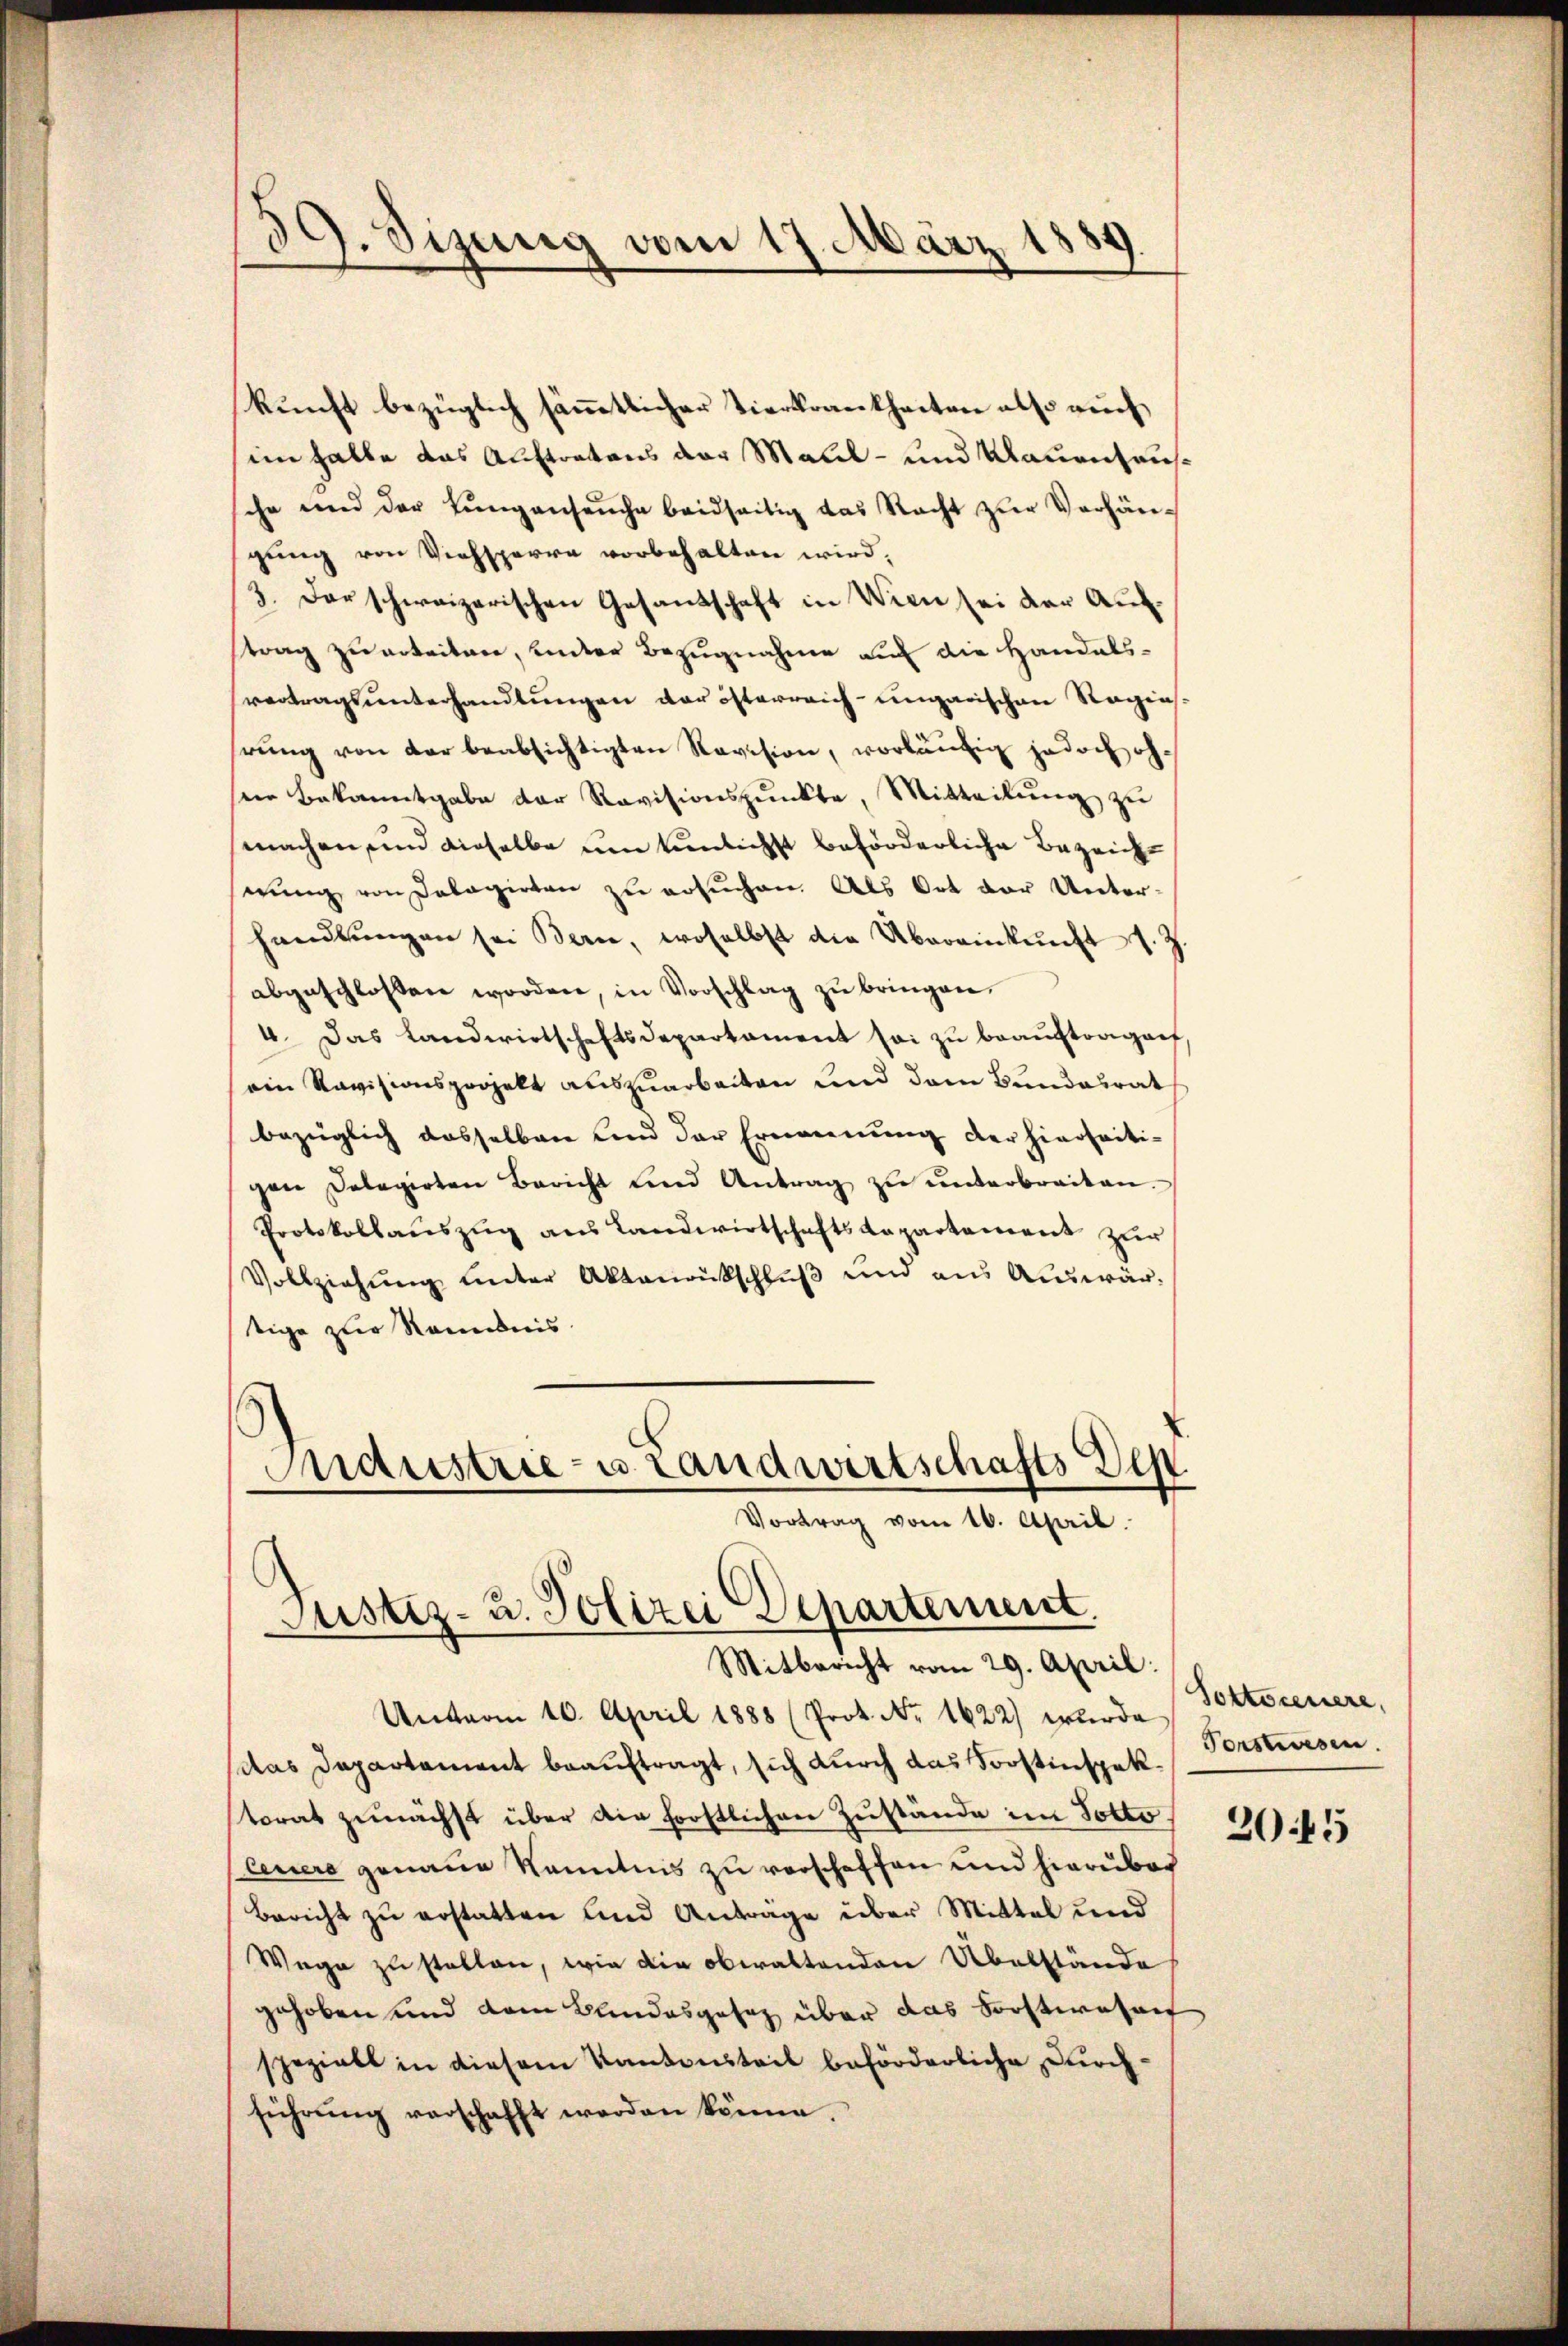
)
59. Sizung vom 17. März 18

kunft bezüglich sämmtlicher Tierkrankheiten also auch
im Falle das Auftratens der Malil- und Mauenhaussche und der Lungenseuche beidseitig das Nacht zŭr Verhängung von Viehsperre vorbehalten wird,
3. Der schweizerischen Gesandschaft in Wien sei der Auftrag zu erteilen, inder Bezugnahme auf die Handelsvertragsunterhandlungen der österreich-ungarischen Ragias.
rŭng von der beabsichtigten Revision, vorläŭfig jedoch oh
sein Bekanntgabe der Revisionspŭnkte, Mitteilŭng zŭ
machen und dieselbe um tunlichst beförderliche Bezeicht
erŭng von Dalagirten zu ersuchen. Als Ort der Unterhandlŭngen sei Bern, woselbst die Übereinkŭnft s. Z.
abgeschlossen worden, in Vorschlag zŭ bringen.
4. Das Landwirtschaftsdepartament sei zŭ beaŭftragen,
ein Revisionsprozelt auszuarbeiten und dem Bundesrat
bezüglich dasselben und der Ernennung der hierseitigen Delegirten Bericht und Antrag zŭ ŭnterbreiten.
Protokollauszug aus Landwirtschaftsdepartement zur
Vollziehŭng ŭnter Aktenrückschlŭβ und aus Auswärtige zur Randnis.
Maustries Landwirtschafts Dep
Vortrag vom 16. April.

Justiz- u. Polizei Departement.
Mitbericht vom 29. April:

Unterm 10. April 1888 (Prot. Nr. 1622) wurde
das Departement beauftragt, sich durch das Sorstinspekstorat zunächst über die frostlichen Zustände im Totto.
Ceuere genaue Kenntnis zu verschaffen und hierüber
Bericht zu erstatten und Antrage über Mittel und
Wege zu stellen, wie die obwaltenden Übelstände
gehoben und dem Bundesgesetz über das Forstwesen
spezielt in diesem Kantonsteil beförderliche Durchführŭng verschafft werden könne.

Sottorenere,
Forstwesen.

2045